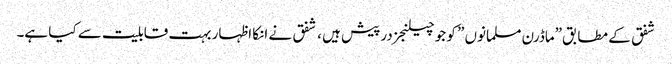
شفق کے مطابق”ماڈرن مسلمانوں ” کو جو چیلنجز درپیش ہیں ، شفق نے انکا اظہار بہت قابلیت سے کیا ہے۔